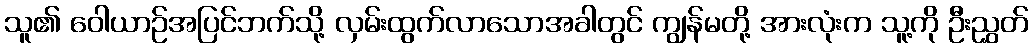
သူ၏ ဝေါယာဉ်အပြင်ဘက်သို့ လှမ်းထွက်လာသောအခါတွင် ကျွန်မတို့ အားလုံးက သူ့ကို ဦးညွှတ်